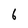
Character: 6